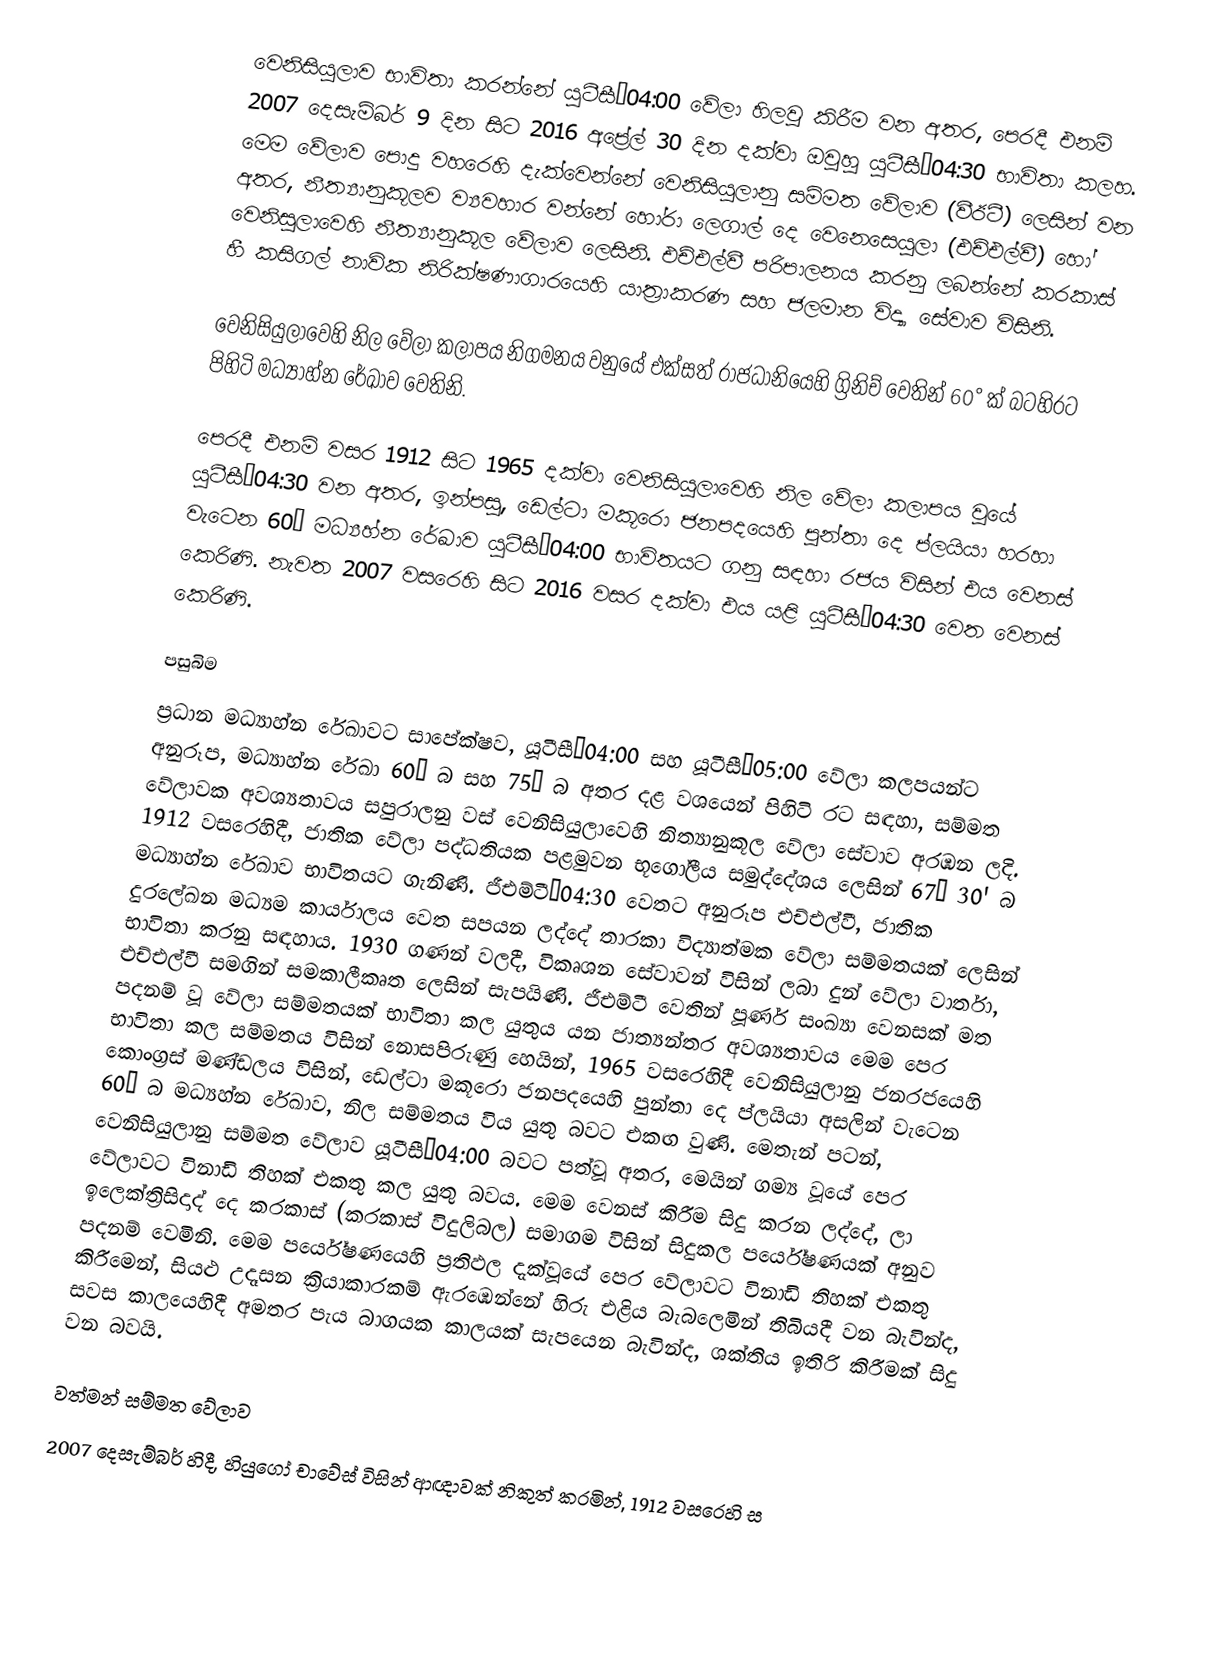
වෙනිසියුලාව භාවිතා කරන්නේ යූටීසී−04:00 වේලා  හිලවු කිරීම වන අතර, පෙරදී එනම් 2007 දෙසැම්බර් 9 දින සිට 2016 අප්‍රේල් 30 දින දක්වා ඔවුහූ යූටීසී−04:30 භාවිතා කලහ. මෙම වේලාව පොදු වහරෙහි දැක්වෙන්නේ වෙනිසියුලානු සම්මත වේලාව (වීඊටී) ලෙසින් වන අතර, නීත්‍යානුකූලව ව්‍යවහාර වන්නේ හෝරා ලෙගාල් දෙ වෙනෙසෙයුලා (එච්එල්වී) හෝ වෙනිසුලාවෙහි නීත්‍යානුකූල වේලාව ලෙසිනි. එච්එල්වී පරිපාලනය කරනු ලබන්නේ  කරකාස් හී කසිගල් නාවික නිරික්ෂණාගාරයෙහි යාත්‍රාකරණ සහ  ජලමාන විද්‍යා සේවාව විසිනි.

වෙනිසියුලාවෙහි නිල වේලා කලාපය නිගමනය වනුයේ එක්සත් රාජධානියෙහි ග්‍රිනිච් වෙතින් 60° ක් බටහිරට පිහිටි  මධ්‍යාහ්න රේඛාව වෙතිනි.

පෙරදී එනම් වසර 1912 සිට 1965 දක්වා වෙනිසියුලාවෙහි නිල වේලා කලාපය වූයේ යූටීසී−04:30 වන අතර, ඉන්පසු, ඩෙල්ටා මකූරො ජනපදයෙහි පුන්තා දෙ ප්ලයියා හරහා වැටෙන  60° මධ්‍යහ්න රේඛාව යූටීසී−04:00 භාවිතයට ගනු සඳහා  රජය විසින් එය වෙනස් කෙරිණි. නැවත 2007 වසරෙහි සිට 2016 වසර දක්වා එය යළි  යූටීසී−04:30 වෙත වෙනස් කෙරිණි.

පසුබිම
ප්‍රධාන මධ්‍යාහ්න රේඛාවට සාපේක්ෂව, යූටීසී−04:00 සහ යූටීසී−05:00 වේලා කලපයන්ට අනුරූප,  මධ්‍යාහ්න රේඛා 60° බ සහ 75° බ අතර දළ වශයෙන් පිහිටි රට සඳහා, සම්මත වේලාවක අවශ්‍යතාවය සපුරාලනු වස් වෙනිසියුලාවෙහි නිත්‍යානුකූල වේලා සේවාව අරඹන ලදි. 1912 වසරෙහිදී, ජාතික වේලා පද්ධතියක පළමුවන භූගෝලීය සමුද්දේශය ලෙසින්  67° 30' බ මධ්‍යාහ්න රේඛාව භාවිතයට ගැනිණි. ජීඑම්ටී−04:30 වෙතට අනුරූප එච්එල්වී, ජාතික දුරලේඛන මධ්‍යම කාර්යාලය වෙත සපයන ලද්දේ තාරකා විද්‍යාත්මක වේලා සම්මතයක් ලෙසින් භාවිතා කරනු සඳහාය. 1930 ගණන් වලදී, විකෘශන සේවාවන් විසින් ලබා දුන් වේලා වාර්තා, එච්එල්වී සමගින් සමකාලීකෘත ලෙසින් සැපයිණි. ජීඑම්ටී වෙතින් පූර්ණ සංඛ්‍යා වෙනසක් මත පදනම් වූ වේලා සම්මතයක් භාවිතා කල යුතුය යන ජාත්‍යන්තර අවශ්‍යතාවය මෙම පෙර භාවිතා කල සම්මතය විසින් නොසපිරුණු හෙයින්, 1965 වසරෙහිදී වෙනිසියුලානු ජනරජයෙහි කොංග්‍රස් මණ්ඩලය විසින්, ඩෙල්ටා මකූරො ජනපදයෙහි පුන්තා දෙ  ප්ලයියා අසලින් වැටෙන 60° බ මධ්‍යහ්න රේඛාව, නිල සම්මතය විය යුතු බවට එකඟ වුණි. මෙතැන් පටන්, වෙනිසියුලානු සම්මත වේලාව යූටීසී−04:00 බවට පත්වූ අතර, මෙයින් ගම්‍ය වූයේ පෙර වේලාවට විනාඩි තිහක් එකතු කල යුතු බවය. මෙම වෙනස් කිරීම සිදු කරන ලද්දේ,  ලා ඉලෙක්ත්‍රිසිදාද් දෙ කරකාස් (කරකාස් විදුලිබල) සමාගම විසින් සිදුකල පර්යේෂණයක් අනුව පදනම් වෙමිනි. මෙම පර්යේෂණයෙහි ප්‍රතිඵල දැක්වූයේ පෙර වේලාවට විනාඩි තිහක් එකතු කිරීමෙන්, සියළු උදෑසන ක්‍රියාකාරකම් ඇරඹෙන්නේ හිරු එළිය බැබලෙමින් තිබියදී වන බැවින්ද, සවස කාලයෙහිදී අමතර පැය බාගයක කාලයක් සැපයෙන බැවින්ද, ශක්තිය ඉතිරි කිරීමක් සිදු වන බවයි.

වත්මන් සම්මත වේලාව
2007 දෙසැම්බර් හිදී, හියුගෝ චාවේස් විසින් ආඥාවක් නිකුත් කරමින්, 1912 වසරෙහි ස